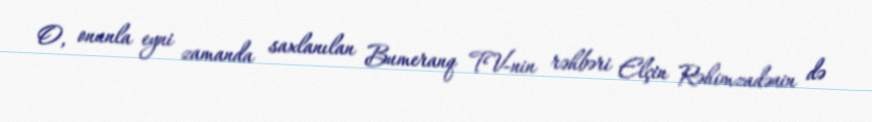
O, onunla eyni zamanda saxlanılan Bumeranq TV-nin rəhbəri Elçin Rəhimzadənin də